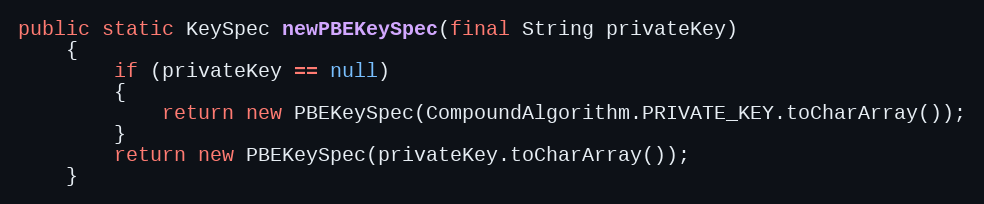
Language: Java
public static KeySpec newPBEKeySpec(final String privateKey)
	{
		if (privateKey == null)
		{
			return new PBEKeySpec(CompoundAlgorithm.PRIVATE_KEY.toCharArray());
		}
		return new PBEKeySpec(privateKey.toCharArray());
	}